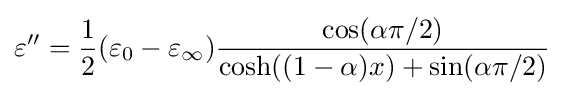
\varepsilon ''={\frac {1}{2}}(\varepsilon _{0}-\varepsilon _{\infty }){\frac {\cos(\alpha \pi /2)}{\cosh((1-\alpha )x)+\sin(\alpha \pi /2)}}